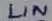
Text: LIN